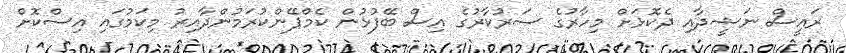
ރައީސް ނަޝީދާއި ދެކޮޅަށް މިހާރުގެ ސަރުކާރުގެ އިސް ބޭފުޅުން ކެމްޕޭންކުރަމުންދާއިރު މިކަމުގައި އިސްކޮށް